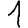
Digit: 1